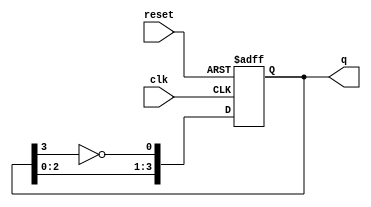
module modified_johnson_counter #(
    parameter N = 4  // Number of bits (flip-flops)
)(
    input wire clk,           // Clock input
    input wire reset,         // Asynchronous reset
    output reg [N-1:0] q      // Counter output
);

// Internal signal for the inverted output of the last flip-flop
wire feedback;

// Feedback is the inverted output of the last flip-flop
assign feedback = ~q[N-1];

always @(posedge clk or posedge reset) begin
    if (reset) begin
        // Asynchronous reset to zero
        q <= 0;
    end else begin
        // Shift the current state and feed back the inverted last bit
        q <= {q[N-2:0], feedback};
    end
end

endmodule